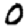
Digit: 0